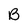
Character: B